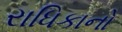
રાધિકાનો